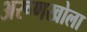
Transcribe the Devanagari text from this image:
अरूणखोला